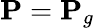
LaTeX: {\mathbf{P}}={\mathbf{P}}_{g}